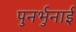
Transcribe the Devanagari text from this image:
पुनर्भुनाई